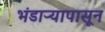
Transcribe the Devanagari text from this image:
भंडाऱ्यापासून